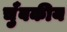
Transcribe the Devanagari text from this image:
चुँबकीय